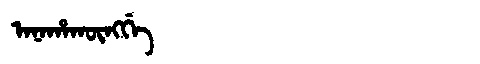
Manchu: ᠠᠨᠠᡥᠠᡴᡡᠩᡤᡝ
Romanization: ANAHAKŪNGGE